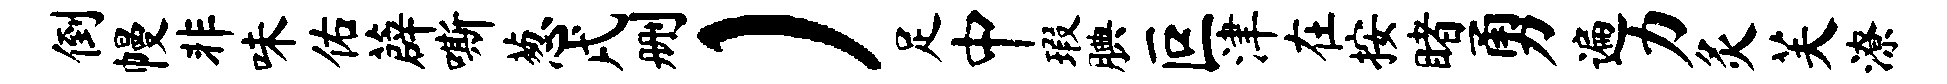
倒幔非味佑薜嘶葱戌删）足中瑕腆叵津在按睹勇遍力灸芙潦